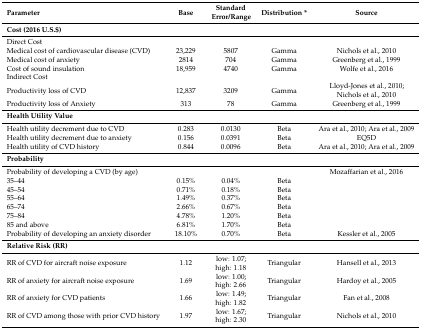
| Parameter | Base | Standard Error/Range | Distribution * | Source |
 | --- | --- | --- | --- | --- |
 | Cost (2016 U.S.$) |  |  |  |  |
 | Direct Cost |  |  |  |  |
 | Medical cost of cardiovascular disease (CVD) | 23,229 | 5807 | Gamma | Nichols et al., 2010 |
 | Medical cost of anxiety | 2814 | 704 | Gamma | Greenberg et al., 1999 |
 | Cost of sound insulation | 18,959 | 4740 | Gamma | Wolfe et al., 2016 |
 | Indirect Cost |  |  |  |  |
 | Productivity loss of CVD | 12,837 | 3209 | Gamma | Lloyd-Jones et al., 2010; Nichols et al., 2010 |
 | Productivity loss of Anxiety | 313 | 78 | Gamma | Greenberg et al., 1999 |
 | Health Utility Value |  |  |  |  |
 | Health utility decrement due to CVD | 0.283 | 0.0130 | Beta | Ara et al., 2010; Ara et al., 2009 |
 | Health utility decrement due to anxiety | 0.156 | 0.0391 | Beta | EQ5D |
 | Health utility of CVD history | 0.844 | 0.0096 | Beta | Ara et al., 2010; Ara et al., 2009 |
 | Probability |  |  |  |  |
 | Probability of developing a CVD (by age) |  |  |  | Mozaffarian et al., 2016 |
 | 35–44 | 0.15% | 0.04% | Beta |  |
 | 45–54 | 0.71% | 0.18% | Beta |  |
 | 55–64 | 1.49% | 0.37% | Beta |  |
 | 65–74 | 2.66% | 0.67% | Beta |  |
 | 75–84 | 4.78% | 1.20% | Beta |  |
 | 85 and above | 6.81% | 1.70% | Beta |  |
 | Probability of developing an anxiety disorder | 18.10% | 0.70% | Beta | Kessler et al., 2005 |
 | Relative Risk (RR) |  |  |  |  |
 | RR of CVD for aircraft noise exposure | 1.12 | low: 1.07; high: 1.18 | Triangular | Hansell et al., 2013 |
 | RR of anxiety for aircraft noise exposure | 1.69 | low: 1.00; high: 2.66 | Triangular | Hardoy et al., 2005 |
 | RR of anxiety for CVD patients | 1.66 | low: 1.49; high: 1.82 | Triangular | Fan et al., 2008 |
 | RR of CVD among those with prior CVD history | 1.97 | low: 1.67; high: 2.30 | Triangular | Nichols et al., 2010 |